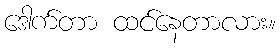
ဒေါက်တာ ထင်နေတာလား။